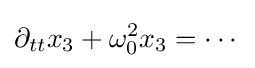
\partial _{tt}x_{3}+\omega _{0}^{2}x_{3}=\cdots